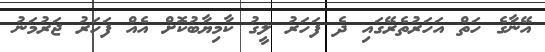
އޭނާގެ ހަތް އަހަރުތެރޭގައި ދެ ފަހަރު ލީގު ކާމިޔާބުކޮށް އެއް ފަހަރު ޖަރުމަނު